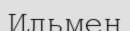
Ильмен